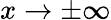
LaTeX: x\rightarrow\pm\infty